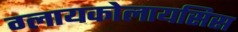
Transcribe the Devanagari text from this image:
ग्लायकोलायसिस